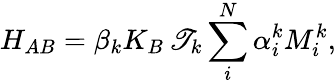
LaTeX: H_{AB}=\beta_{k}K_{B}\, \mathscr{T}_{k}\sum_{i}^{N}\alpha_{i}^{k}M_{i}^{k},